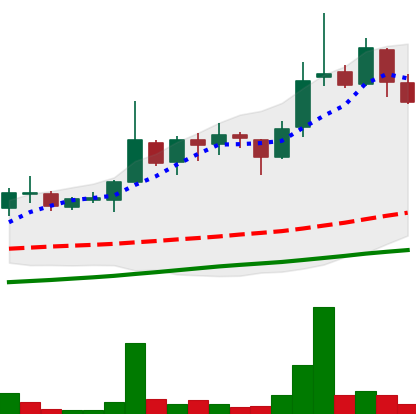
Ticker: LINK-USD
Chart end date: 2018-11-05
Forward return: 8.263%
Label: up_7plus